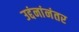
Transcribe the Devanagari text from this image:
उद्दंनांनंतर